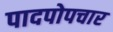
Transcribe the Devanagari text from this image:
पादपोपचार